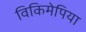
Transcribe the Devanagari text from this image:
विकिमेपिया